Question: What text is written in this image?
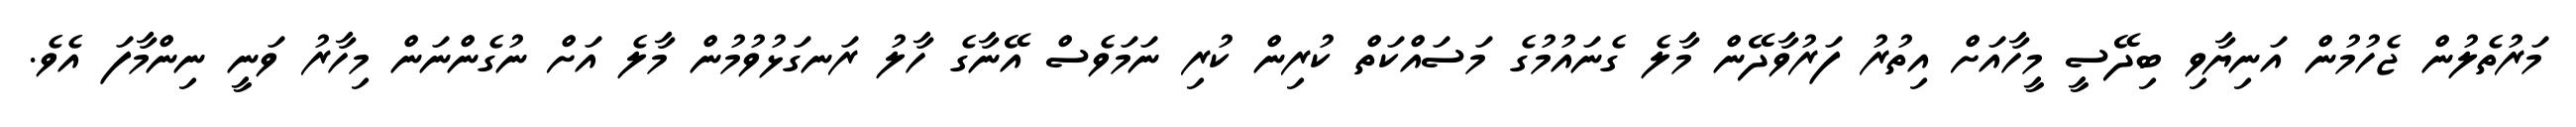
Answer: މަރުތެލުން ޖެހުމުން އަނިޔާވި ބިދޭސީ މީހާއަށް އިތުރު ފަރުވާދޭން މާލެ ގެނައުމުގެ މަސައްކަތް ކުރިން ކުރި ނަމަވެސް އޭނާގެ ހާލު ރަނގަޅުވުމުން މާލެ އަށް ނުގެންނަން މިހާރު ވަނީ ނިންމާފަ އެވެ.